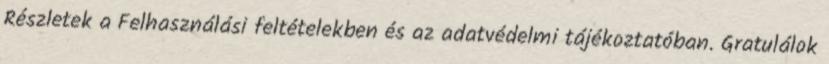
Részletek a Felhasználási feltételekben és az adatvédelmi tájékoztatóban. Gratulálok